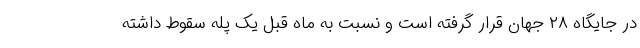
در جایگاه ۲۸ جهان قرار گرفته است و نسبت به ماه قبل یک پله سقوط داشته